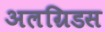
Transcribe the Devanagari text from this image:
अलग्रिडस